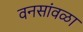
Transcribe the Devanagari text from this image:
वनसांवळा